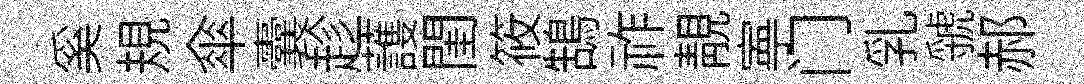
奚規傘囊趁䕶閨筱鵠祚靚寕门乳虢郝